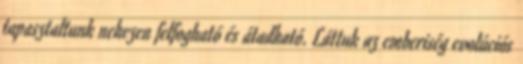
tapasztaltunk nehezen felfogható és átadható. Láttuk az emberiség evolúciós